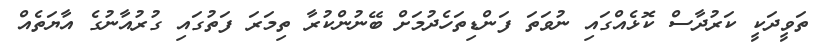
ތަވީދަކީ ކަރުދާސް ކޮޅެއްގައި ނުވަތަ ފަންޑިތަހެދުމަށް ބޭނުންކުރާ ތިމަރަ ފަތުގައި ގުރުއާނުގެ އާޔަތެއް